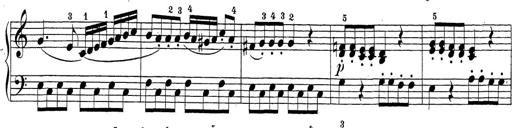
Title: Sonatina Album
Composer: Louis KÃ¶hler